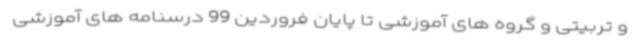
و تربیتی و گروه های آموزشی تا پایان فروردین 99 درسنامه های آموزشی